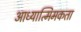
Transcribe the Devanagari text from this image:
आध्यात्मिमकता